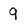
Character: 9